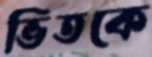
ভিতকে